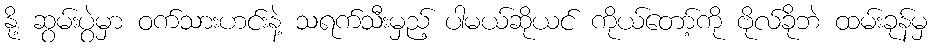
နို့ ဆွမ်းပွဲမှာ ဝက်သားဟင်းနဲ့ သရက်သီးမှည့် ပါမယ်ဆိုယင် ကိုယ်တော့်ကို ဗိုလ်ခိုဘဲ ထမ်းခုန်မှ